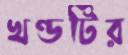
খণ্ডটির